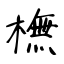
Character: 橅